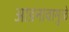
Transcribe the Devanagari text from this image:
आडनावामुळे